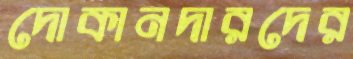
দোকানদারদের